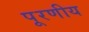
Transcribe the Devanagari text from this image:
पूरणीय